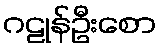
ဂဠုန်ဦးစော